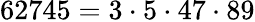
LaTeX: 62745=3\cdot 5\cdot 47\cdot 89